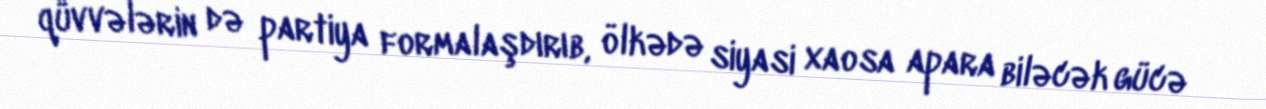
qüvvələrin də partiya formalaşdırıb, ölkədə siyasi xaosa apara biləcək gücə